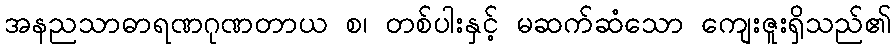
အနညသာဓာရဏဂုဏတာယ စ၊ တစ်ပါးနှင့် မဆက်ဆံသော ကျေးဇူးရှိသည်၏